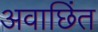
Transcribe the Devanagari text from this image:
अवाछिंत